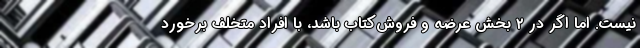
نیست. اما اگر در ۲ بخش عرضه و فروش‌کتاب باشد، با افراد متخلف برخورد